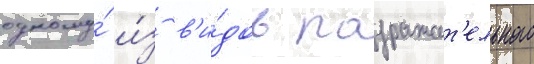
одному́ и́з в'и́дов подражат'ельного